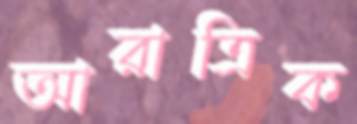
আরাত্রিক